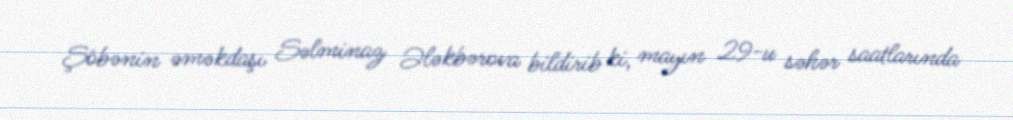
Şöbənin əməkdaşı Səlminaz Ələkbərova bildirib ki, mayın 29-u səhər saatlarında